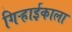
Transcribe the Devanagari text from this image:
गिऱ्हाईकाला